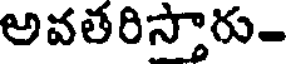
అవతరిస్తారు-